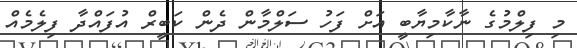
މި ފިލްމުގެ ނާކާމިޔާބީ އަށް ފަހު ސަލްމާން ދެން ކަބީރް އުފައްދާ ފިލެމެއް